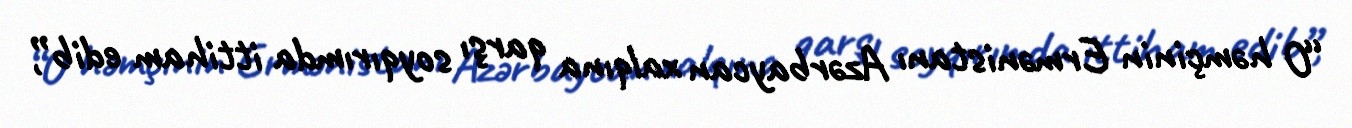
“O həmçinin Ermənistanı Azərbaycan xalqına qarşı soyqırımda ittiham edib”,